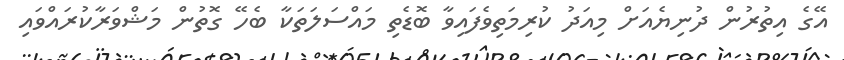
އޭގެ އިތުރުން ދުނިޔެއަށް މިއަދު ކުރިމަތިވެފައިވާ ބޮޑެތި މައްސަލަތަކާ ބެހޭ ގޮތުން މަޝްވަރާކުރައްވައި